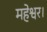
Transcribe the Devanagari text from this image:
महेश्वर।